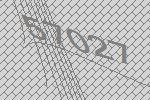
57027